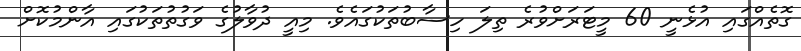
ގޮތެއްގައި އުޅެނީ 60 މީޓަރަށްވުރެ ތިލަ ހިސާބުތަކުގައެވެ. މިއީ ދުވާލުގެ ވަގުތުތަކުގައި އާންމުކޮށް